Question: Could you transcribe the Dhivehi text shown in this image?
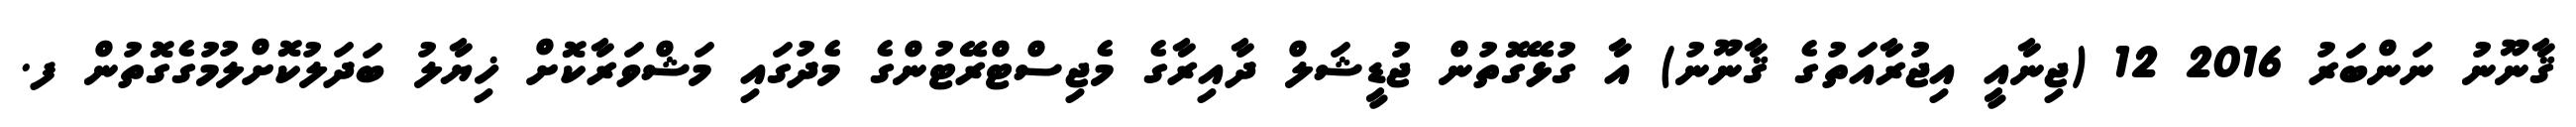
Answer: ޤާނޫނު ނަންބަރު 2016 12 (ޖިނާއީ އިޖުރާއަތުގެ ޤާނޫނު) އާ ގުޅޭގޮތުން ޖުޑީޝަލް ދާއިރާގެ މެޖިސްޓްރޭޓުންގެ މެދުގައި މަޝްވަރާކޮށް ޚިޔާލު ބަދަލުކޮށްލުމުގެގޮތުން ފ.